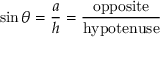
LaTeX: \sin \theta = { \frac { a } { h } } = { \frac { \mathrm { o p p o s i t e } } { \mathrm { h y p o t e n u s e } } }